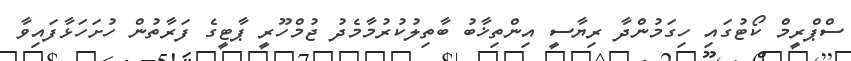
ސްޕްރީމް ކޯޓުގައި ހިގަމުންދާ ރިޔާސީ އިންތިޚާބު ބާތިލުކުރުމާމެދު ޖުމްހޫރީ ޕާޓީގެ ފަރާތުން ހުށަހަޅާފައިވާ